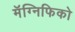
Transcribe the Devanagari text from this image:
मॅग्निफिको